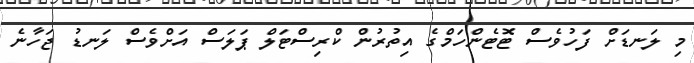
މި ލަނޑަށް ފަހުވެސް ޓޮޓެންހަމްގެ އިތުރުން ކްރިސްޓަލް ޕަލަސް އަށްވެސް ލަނޑު ޖަހާނެ